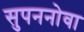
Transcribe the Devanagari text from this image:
सुपननोवा